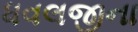
ધવલજીના